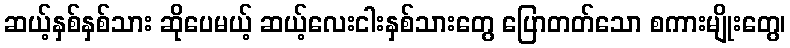
ဆယ့်နှစ်နှစ်သား ဆိုပေမယ့် ဆယ့်လေးငါးနှစ်သားတွေ ပြောတတ်သော စကားမျိုးတွေ၊